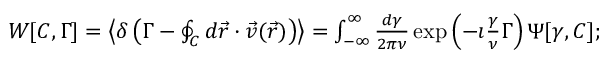
\begin{array} { r } { W [ C , \Gamma ] = \left\langle \delta \left( \Gamma - \oint _ { C } d \vec { r } \cdot \vec { v } ( \vec { r } ) \right) \right\rangle = \int _ { - \infty } ^ { \infty } \frac { d \gamma } { 2 \pi \nu } \exp \left( - \imath \frac { \gamma } { \nu } \Gamma \right) \Psi [ \gamma , C ] ; } \end{array}